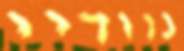
נוודיי